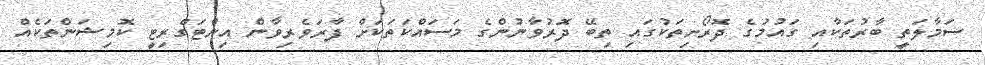
ސަމާލަތީ ބާރުތަކާއި ގައުމުގެ ދޮރޯށިތަކުގައި ތިބޭ ދޮރުވާނުންގެ މަސައްކަތަކަށް ފާރަވެރިވާން އިންޓަގްރިޓީ ކޮމިޝަންތަކެއް